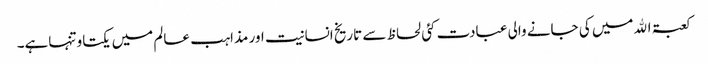
کعبۃ اﷲمیں کی جانے والی عبادت کئی لحاظ سے تاریخ انسانیت اور مذاہب عالم میں یکتاو تنہاہے۔